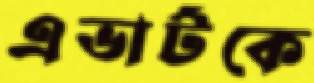
এভার্টকে